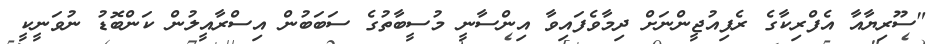
"ސޫރިޔާއާ އެފްރިކާގެ ރެފިއުޖީންނަށް ދިމާވެފައިވާ އިންސާނީ މުސީބާތުގެ ސަބަބުން އިސްރާއީލުން ކަންބޮޑު ނުވަނީކީ